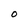
Character: O